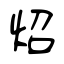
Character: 炤